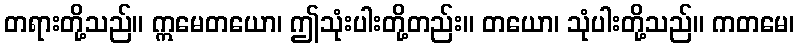
တရားတို့သည်။ ဣမေတယော၊ ဤသုံးပါးတို့တည်း။ တယော၊ သုံပါးတို့သည်။ ကတမေ၊